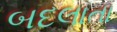
બદલાતા